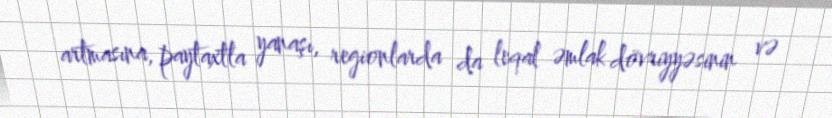
artmasına, paytaxtla yanaşı, regionlarda da leqal əmlak dövriyyəsinin və